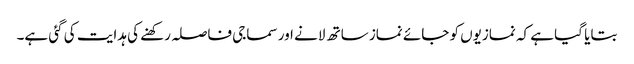
بتایا گیا ہے کہ نمازیوں کو جائے نماز ساتھ لانے اور سماجی فاصلہ رکھنے کی ہدایت کی گئی ہے۔